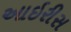
આઇરીસ